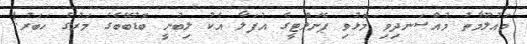
މައުލޫމާތު މުއްސަނދިވި މޮޅުވި ޕެނަލްޓީގެ އުފަލާ އެކު ލިބުނީ ބޮޑުބޭބެގެ މަރުގެ ހަބަރު!